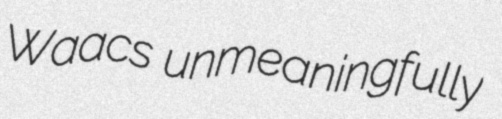
Waacs unmeaningfully